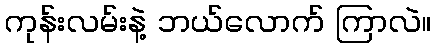
ကုန်းလမ်းနဲ့ ဘယ်လောက် ကြာလဲ။